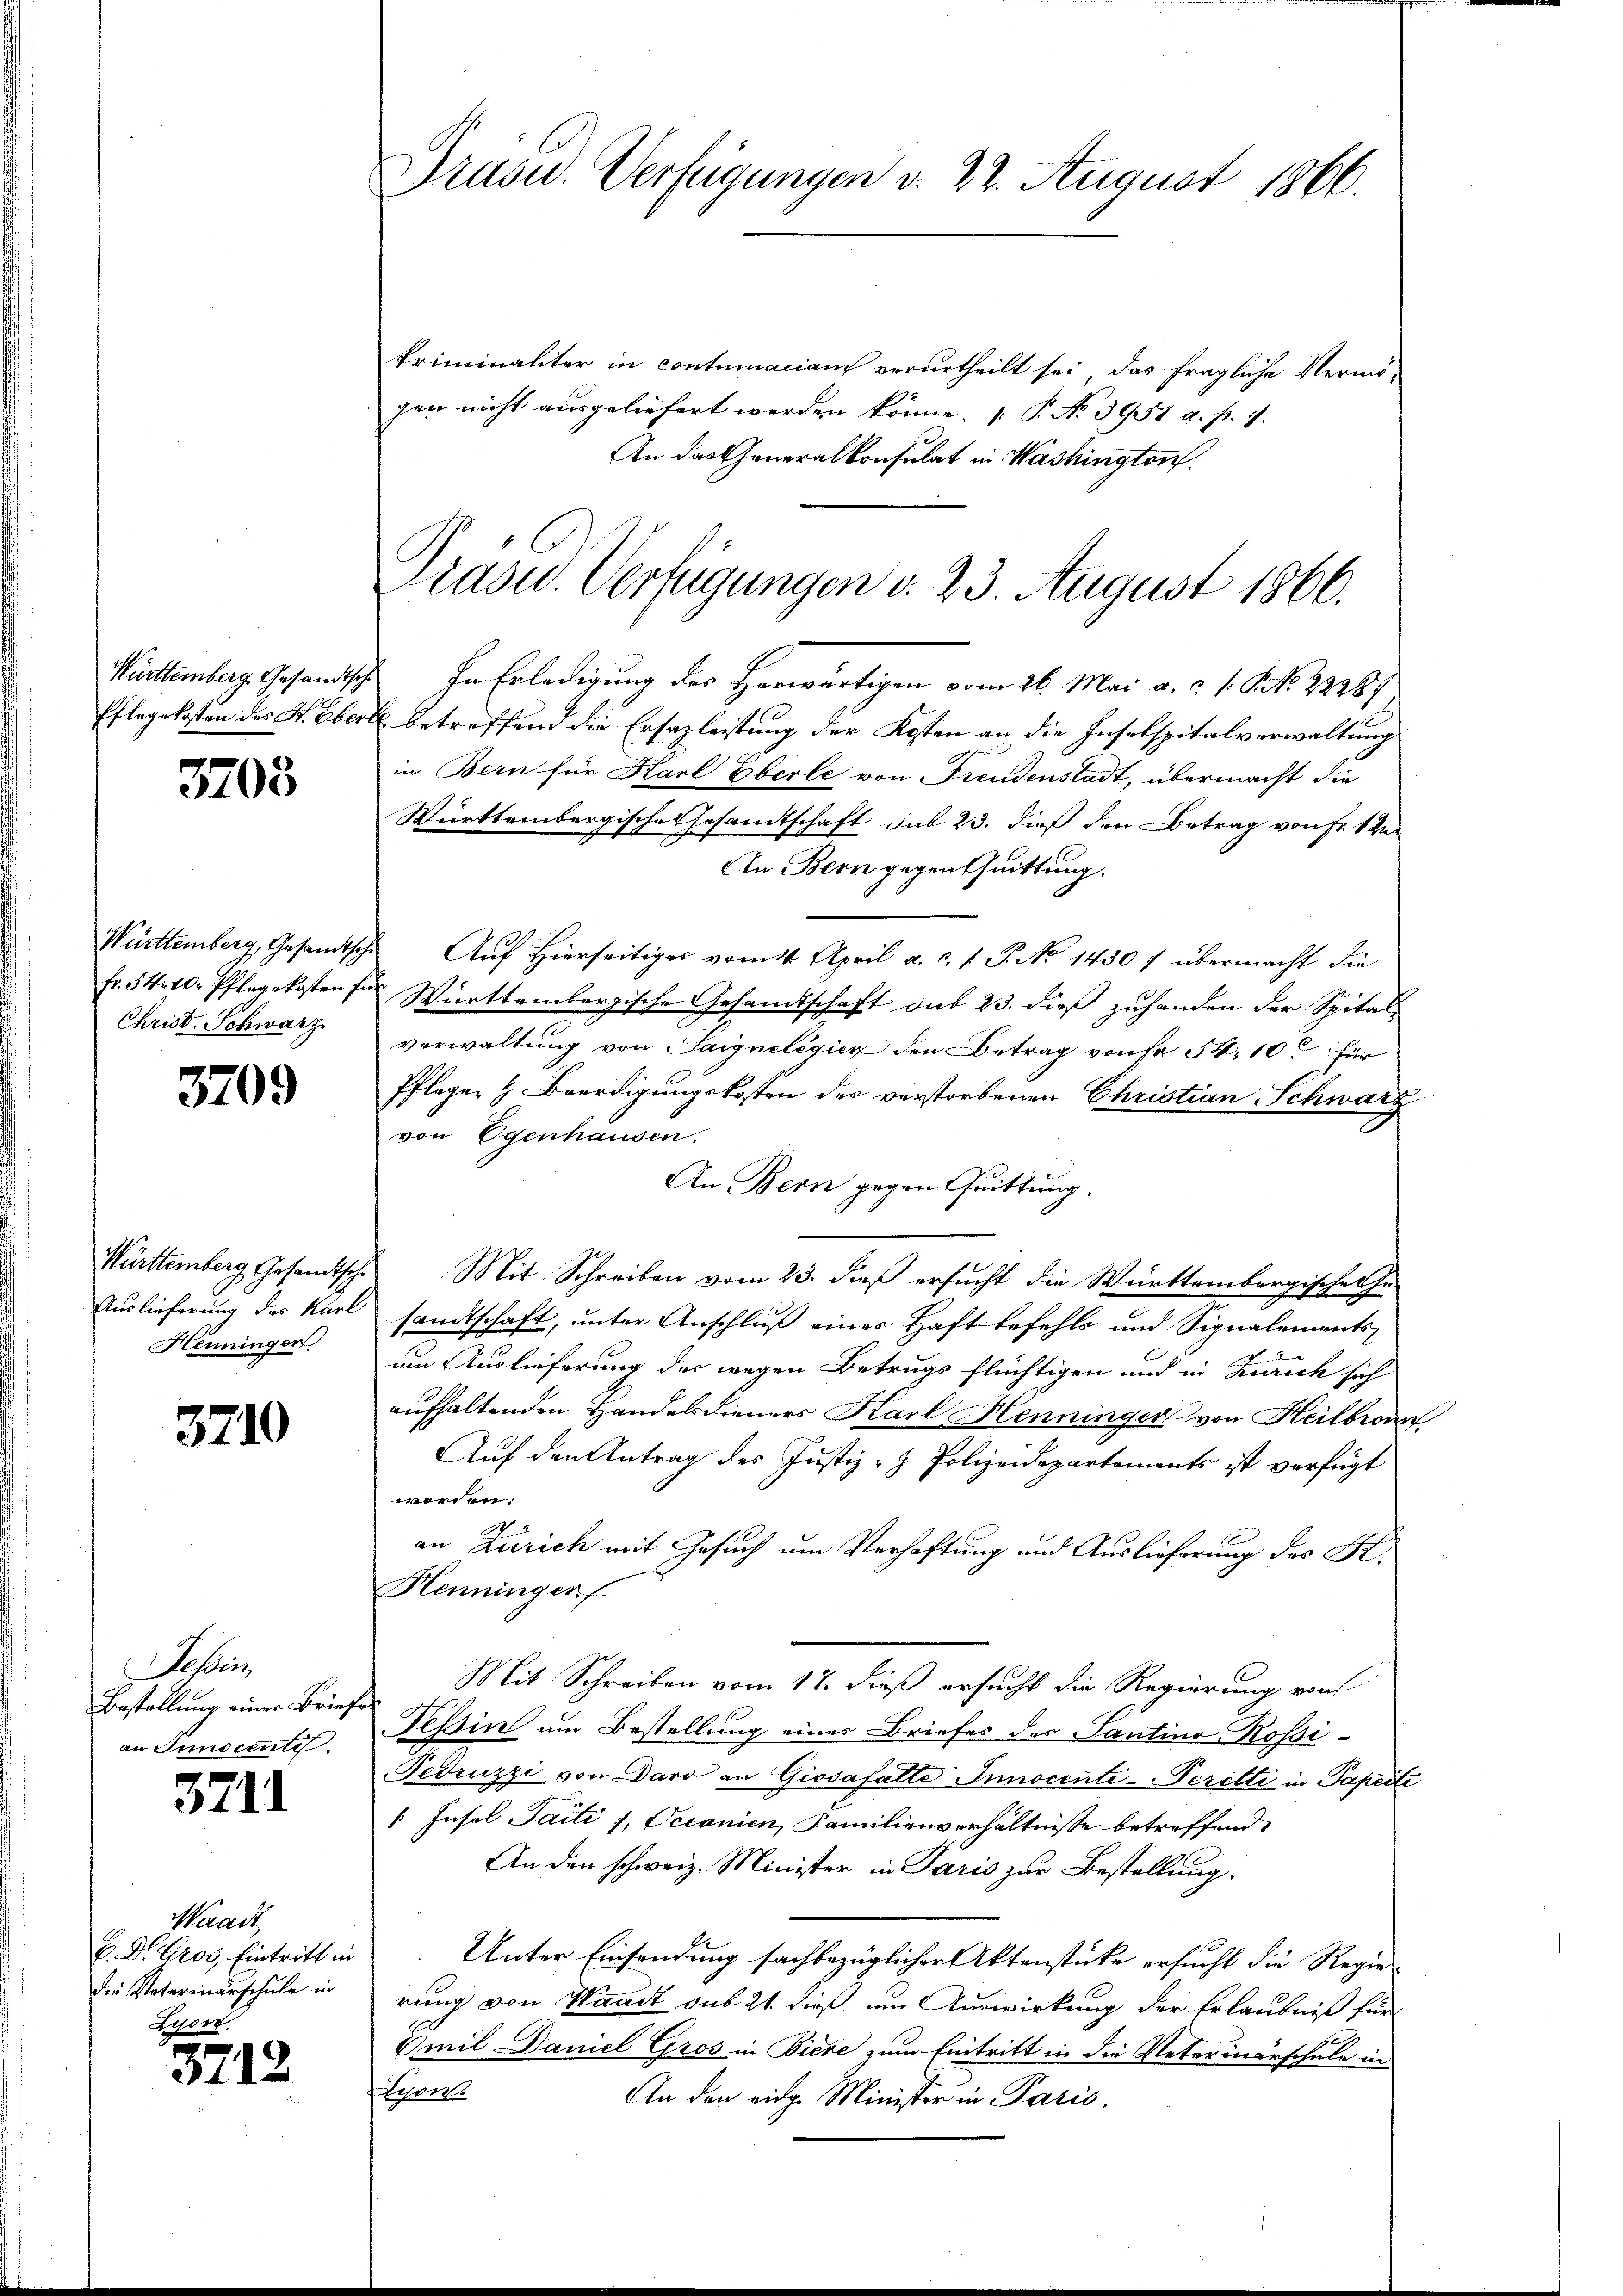
Württemberg. Gesandtsche
Pflegekosten des H. Ober

3703

Christ. Schwarz

3709

Württemberg, Gesandtsche
Auslieferung des Karl
Henninger

3710

Sahlin
Bestellung einer Brief
an Immocente.

371)

Waadt
B.Dr. Gros. Eintritt in
die Vaterinarschule in
Lyorz.

3712

Präsid. Verfügungen d. 22. August 1866.

Präsid. Verfügungen d. 23. August 1866.

kriminaliter in contumaciam verurtheilt sei, das fragliche Vermö-
gen nicht ausgeliefert werden könne. P. No 3951 a. p. 1.
An das Generalkonsulat in Washington.
In Erledigung des Herwärtigen vom 26. Mai a. c. 1. Frk. 2236/
al betreffend die Ersazleistung der Kosten an die Inselspitalverwaltung
in Bern für Karl Eberle von Freudenstadt, übermacht die
Württembergische Gesamtschaft sub 23. dieß den Betrag von Fr. 1
An Bern gegen Quittung.
Württemberg, Gesandtsche Auf hierseitiges vom 14. April a. c. f. P. No 14307 übermacht die
Fr. 54. 10. Pflegekosten für Württembergische Gesamtschaft sub 23. dieß zuhanden der Spitalverwaltung von Saignelegier den Betrag von 54. 10 für
Pflegen & Beerdigungskosten des verstorbenen Christian Schwarz
von Ogenhausen.
An Bern gegen Quittung.
 Mit Schreiben vom 23. daß ersucht die Württembergische ha
sandtschaft, unter Anschluß eines Haft befehls und Signalementsum Auslieferung der wegen Betrugs flüchtigen und in Zürich sich
aufhaltenden Handelsdieners Karl Henninger von Heilbronn
Auf den Antrag des Justiz- & Polizeidepartements ist verfügt
worden:
an Zürich mit Gesuch um Verhaftung und Auslieferung des K.
Henningen
Mit Schreiben vom 17. dieß ersucht die Regierung von
Tessin um Bestellung eines Briefes des Tantino Rossi¬
Fedruzzi von Daro an Giosafatte Innocenti-Peretti in Paperte
[Insel Saite 1, Decanien, Familienverhältnisse betreffend
An den schweiz. Minister in Paris zur Bestellung.
Unter Einsendung sachbezüglicher Aktenstücke ersucht die Regie-
rung von Waadt sub 21. dieß um Auswirkung der Erlaubniß für
Emil Daniel Gros in Biere zum Eintritt in die Veterinärschule in
Lion.
An den eidg. Minister in Paris.